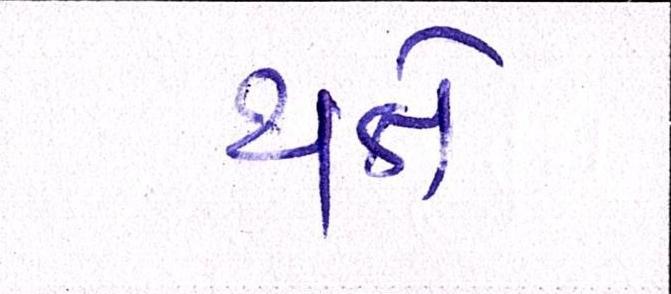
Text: થતે